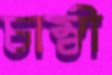
চাম্বী